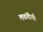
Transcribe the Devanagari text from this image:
लवंगीची